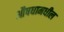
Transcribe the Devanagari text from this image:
औषधामधील